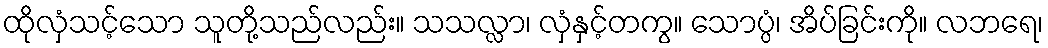
ထိုလှံသင့်သော သူတို့သည်လည်း။ သသလ္လာ၊ လှံနှင့်တကွ။ သောပ္ပံ၊ အိပ်ခြင်းကို။ လဘရေ၊